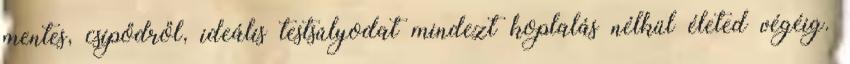
mentes, csípődről, ideális testsúlyodat mindezt koplalás nélkül életed végéig.